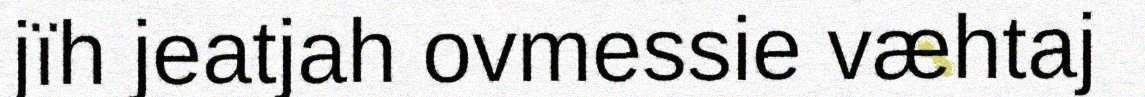
jïh jeatjah ovmessie væhtaj